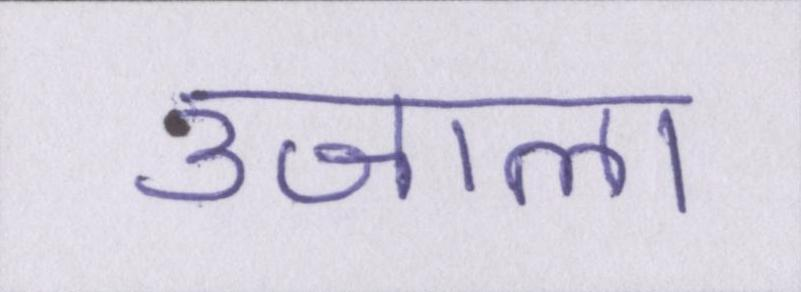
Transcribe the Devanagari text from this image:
उजाला